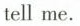
tell me.